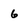
Character: 6